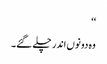
‘‘
وہ دونوں اندر چلے گئے۔